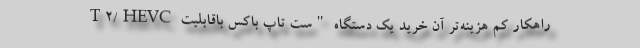
راهکار کم هزینه‌تر آن خرید یک دستگاه "ست تاپ باکس باقابلیت T۲/HEVC